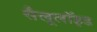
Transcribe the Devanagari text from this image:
सैलूलॉइड